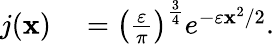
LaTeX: \begin{array}{rl}{j(\mathbf{x})}&{{}=\left(\frac{\varepsilon}{\pi}\right)^{\frac{3}{4}}e^{-\varepsilon\mathbf{x}^{2}/2}.}\end{array}